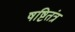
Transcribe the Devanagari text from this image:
षष्टितंत्र